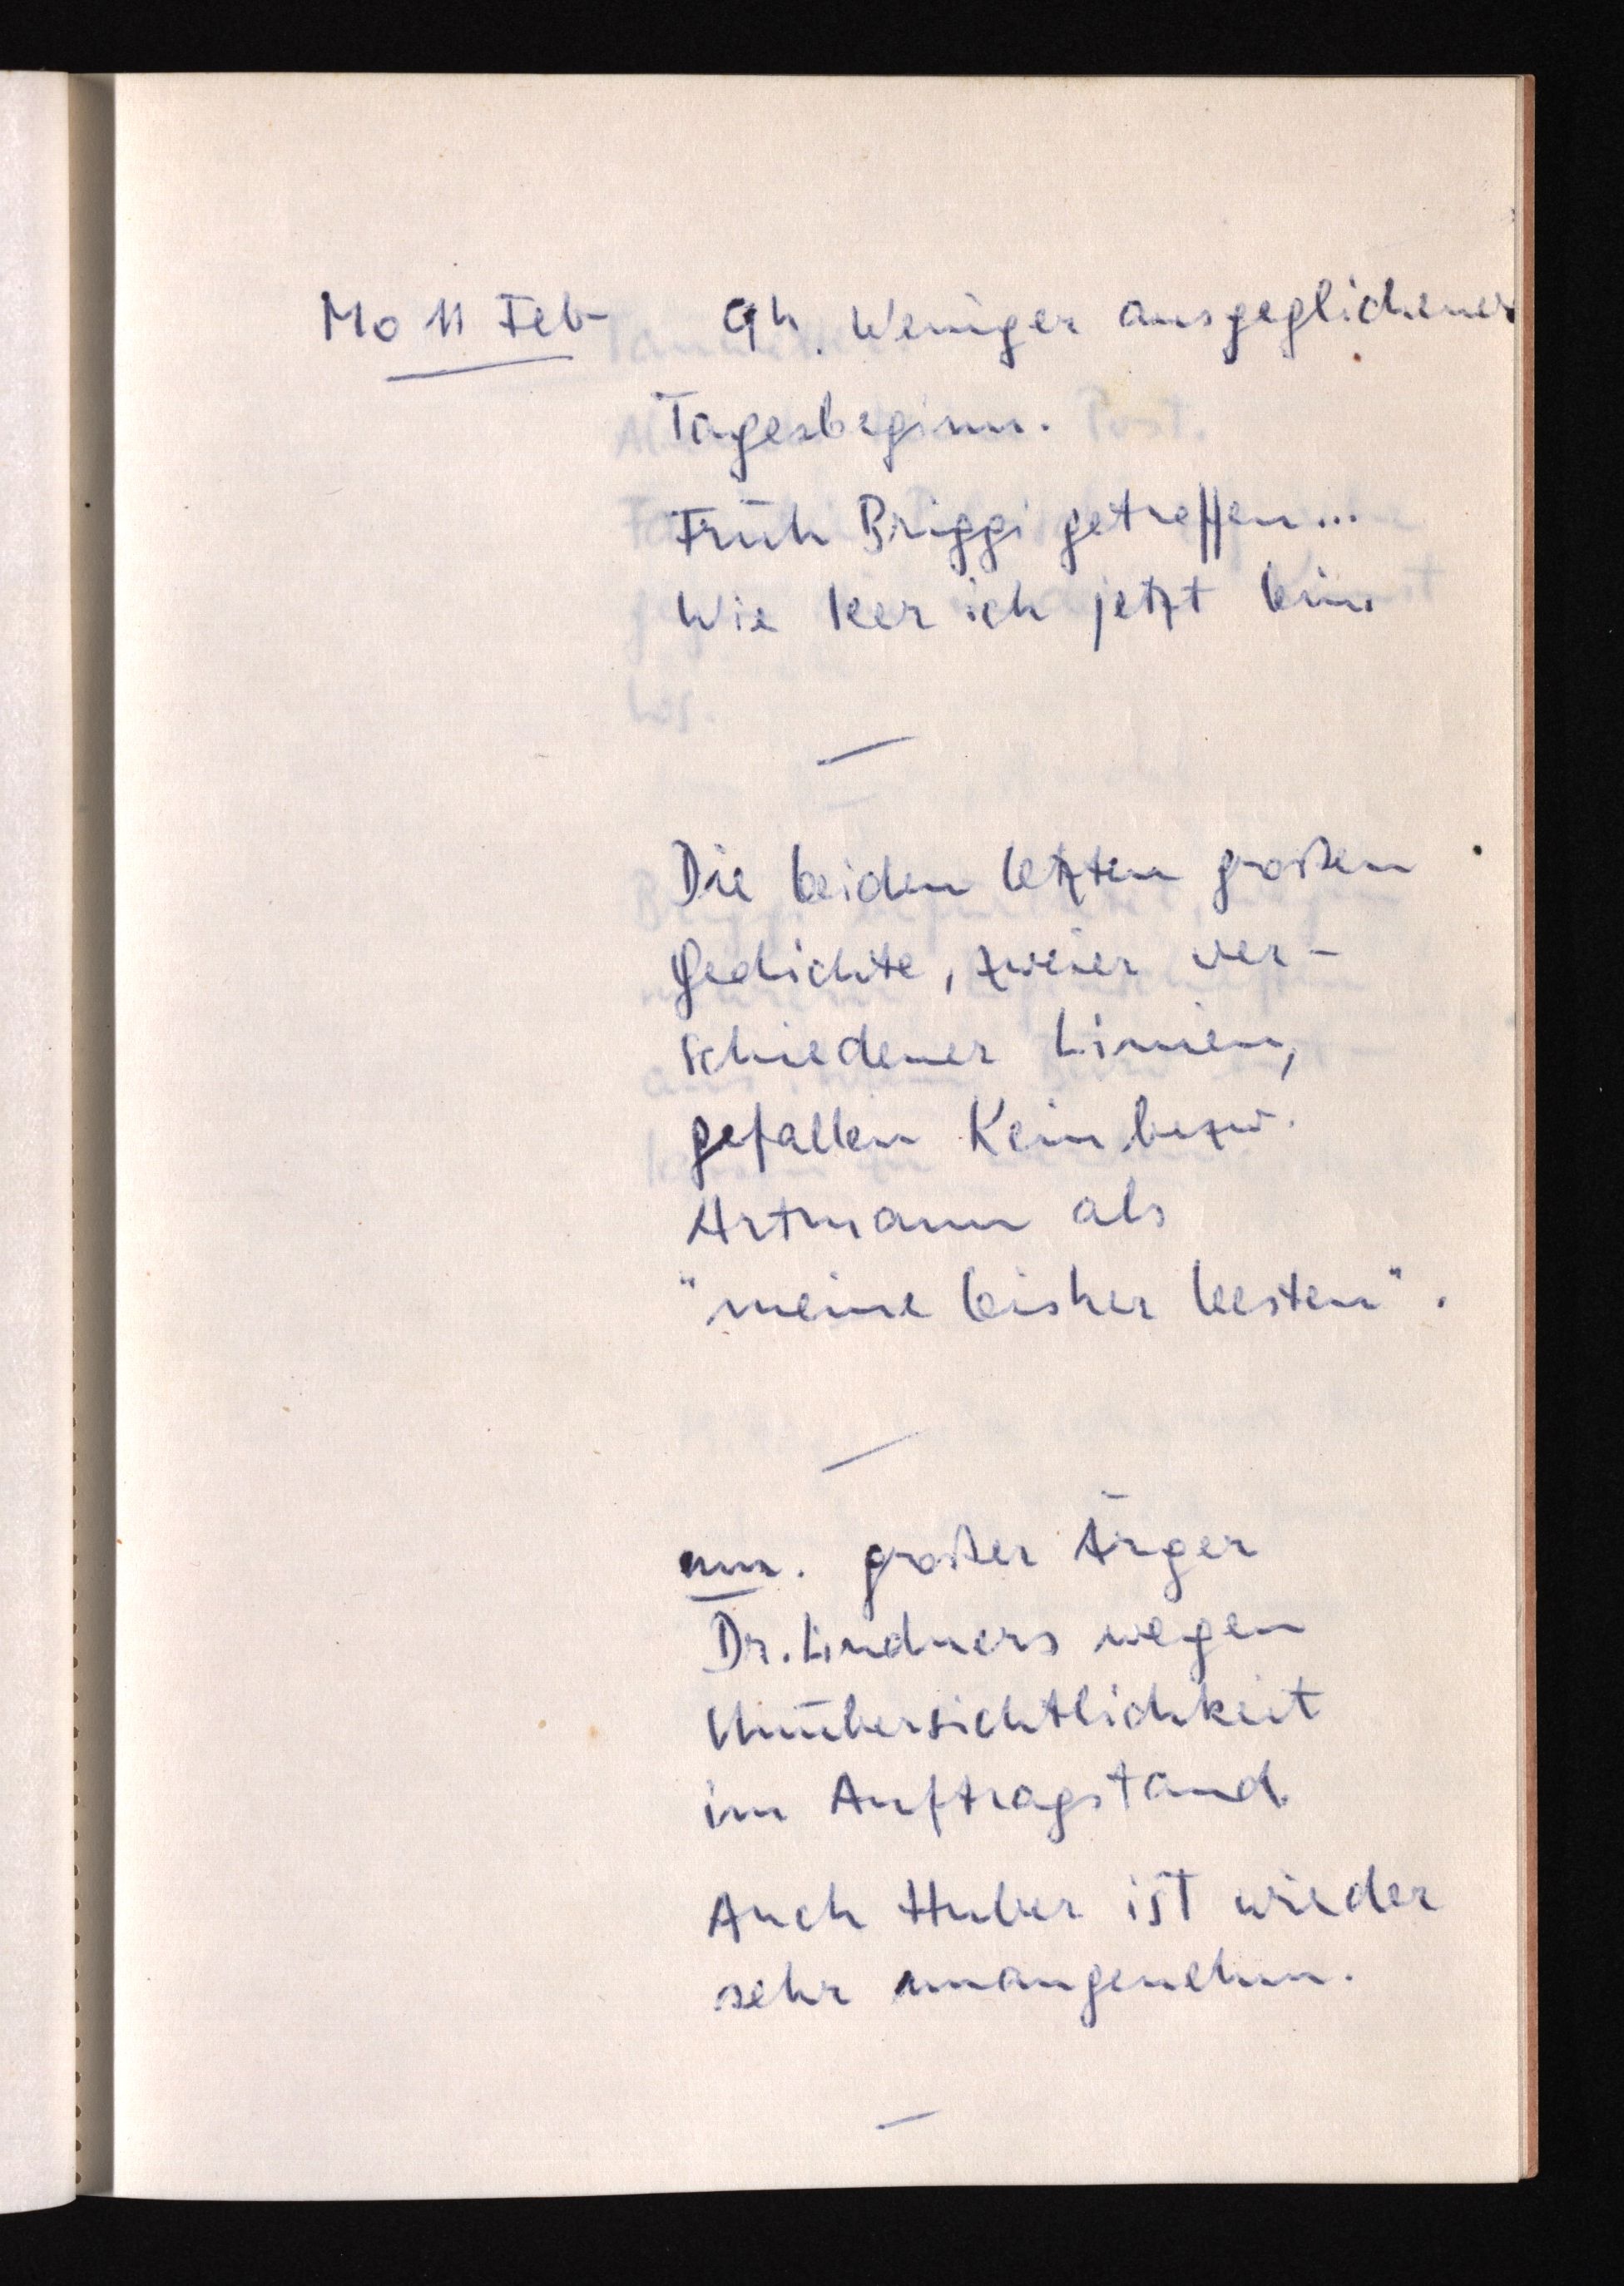
Mo 11 Feb 9h. Weniger ausgeglichener
Tagesbeginn.
Früh Briggi ...
Wie leer ich jetzt bin.
Die beiden letzten großen
Gedichte, zweier ver¬
schiedener Linien,
gefallen Kein
Artmann als
"meine bisher besten".
nm. großer Ärger
Dr. Lindners wegen
Unübersichtlichkeit
im Auftragstand.
Auch Huber ist wieder
sehr unangenehm.